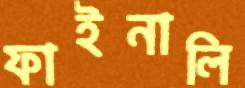
ফাইনালি